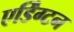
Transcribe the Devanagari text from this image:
एर्डिंग्टन